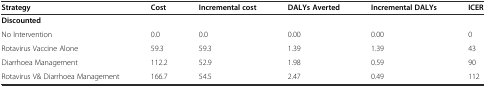
<table><thead><tr><td><b>Strategy</b></td><td><b>Cost</b></td><td><b>Incremental cost</b></td><td><b>DALYs Averted</b></td><td><b>Incremental DALYs</b></td><td><b>ICER</b></td></tr></thead><tbody><tr><td><b>Discounted</b></td><td></td><td></td><td></td><td></td><td></td></tr><tr><td>No Intervention</td><td>0.0</td><td>0.0</td><td>0.00</td><td>0.00</td><td>0</td></tr><tr><td>Rotavirus Vaccine Alone</td><td>59.3</td><td>59.3</td><td>1.39</td><td>1.39</td><td>43</td></tr><tr><td>Diarrhoea Management</td><td>112.2</td><td>52.9</td><td>1.98</td><td>0.59</td><td>90</td></tr><tr><td>Rotavirus V&amp; Diarrhoea Management</td><td>166.7</td><td>54.5</td><td>2.47</td><td>0.49</td><td>112</td></tr></tbody></table>